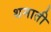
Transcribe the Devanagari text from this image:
थमाती